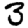
Digit: 3